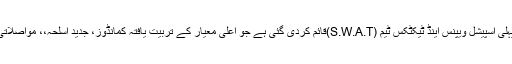
کمانڈنٹ اسپیشل سیکیورٹی یونٹ سندھ پولیس مقصود احمدنے مزید بتایا کہ ایس ایس یو میں ملک کی پہلی اسپیشل ویپنس اینڈ ٹیکٹکس ٹیم (S.W.A.T)قائم کردی گئی ہے جو اعلیٰ معیار کے تربیت یافتہ کمانڈوز، جدید اسلحہ،، مواصلاتی نظام سے لیس ہیں اور چوبیس گھنٹے کسی بھی ناخوشگوار واقع سے نمٹنے کے لیے تیار رہتے ہیں۔